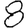
Digit: 8